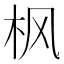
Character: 枫